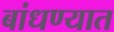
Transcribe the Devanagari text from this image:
बांधण्‍यात